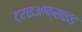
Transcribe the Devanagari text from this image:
ट्राइआक्साइड